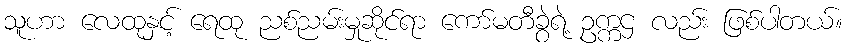
သူဟာ လေထုနှင့် ရေထု ညစ်ညမ်းမှုဆိုင်ရာ ကော်မတီခွဲရဲ့ ဥက္ကဌ လည်း ဖြစ်ပါတယ်။